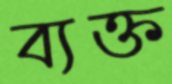
ব্যক্ত